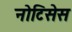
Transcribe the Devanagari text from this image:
नोटिसेस